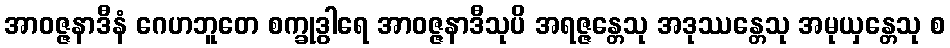
အာဝဇ္ဇနာဒီနံ ဂေဟဘူတေ စက္ခုဒွါရေ အာဝဇ္ဇနာဒီသုပိ အရဇ္ဇန္တေသု အဒုဿန္တေသု အမုယှန္တေသု စ